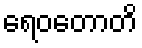
ရေဝတောတိ